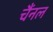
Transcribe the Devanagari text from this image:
चैंनल